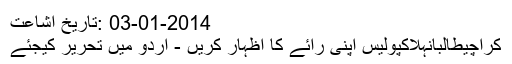
03-01-2014 :تاریخ اشاعت
کراچیطالبانہلاکپولیس اپنی رائے کا اظہار کریں - اُردو میں تحریر کیجئے